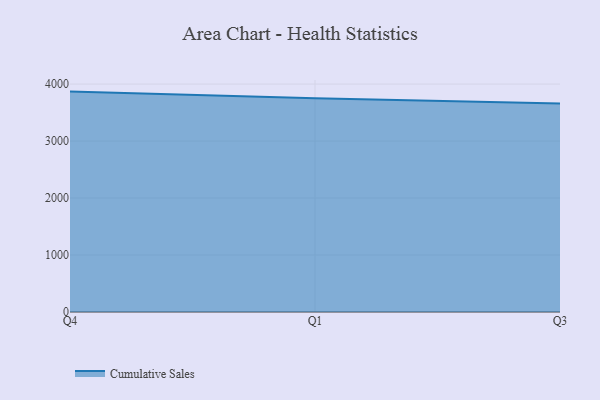
{"axis": {"x": "Quarter", "y": "Headcount"}, "legend": ["Cumulative Sales"], "data": [{"x": "Q4", "y": 3867.9, "type": "Cumulative Sales"}, {"x": "Q1", "y": 3749.9, "type": "Cumulative Sales"}, {"x": "Q3", "y": 3657.2, "type": "Cumulative Sales"}]}